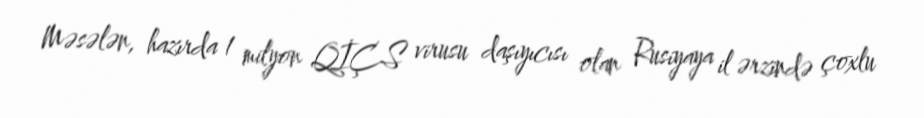
Məsələn, hazırda 1 milyon QİÇS virusu daşıyıcısı olan Rusiyaya il ərzində çoxlu